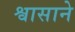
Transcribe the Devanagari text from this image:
श्वासाने